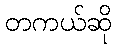
တကယ်ဆို